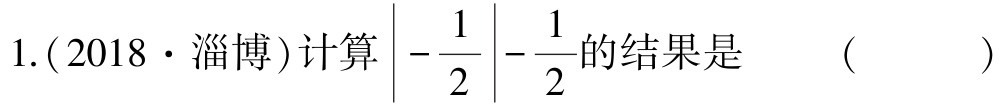
1.(2018·淄博)计算$\left|-\dfrac{1}{2}\right|-\dfrac{1}{2}$的结果是  (   )